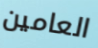
العامين